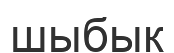
шыбык